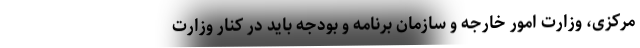
مرکزی، وزارت امور خارجه و سازمان برنامه و بودجه باید در کنار وزارت